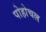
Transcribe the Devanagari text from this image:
पोहोचल